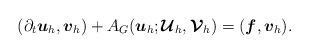
LaTeX: \begin{align*} (\partial_t \boldsymbol{u}_h,\boldsymbol{v}_h) + A_G(\boldsymbol{u}_h;\boldsymbol{\mathcal{U}}_h,\boldsymbol{\mathcal{V}}_h) = (\boldsymbol{f}, \boldsymbol{v}_h). \end{align*}